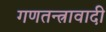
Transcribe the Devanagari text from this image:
गणतन्त्रावादी